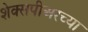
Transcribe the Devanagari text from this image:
शेक्सपीअरच्या